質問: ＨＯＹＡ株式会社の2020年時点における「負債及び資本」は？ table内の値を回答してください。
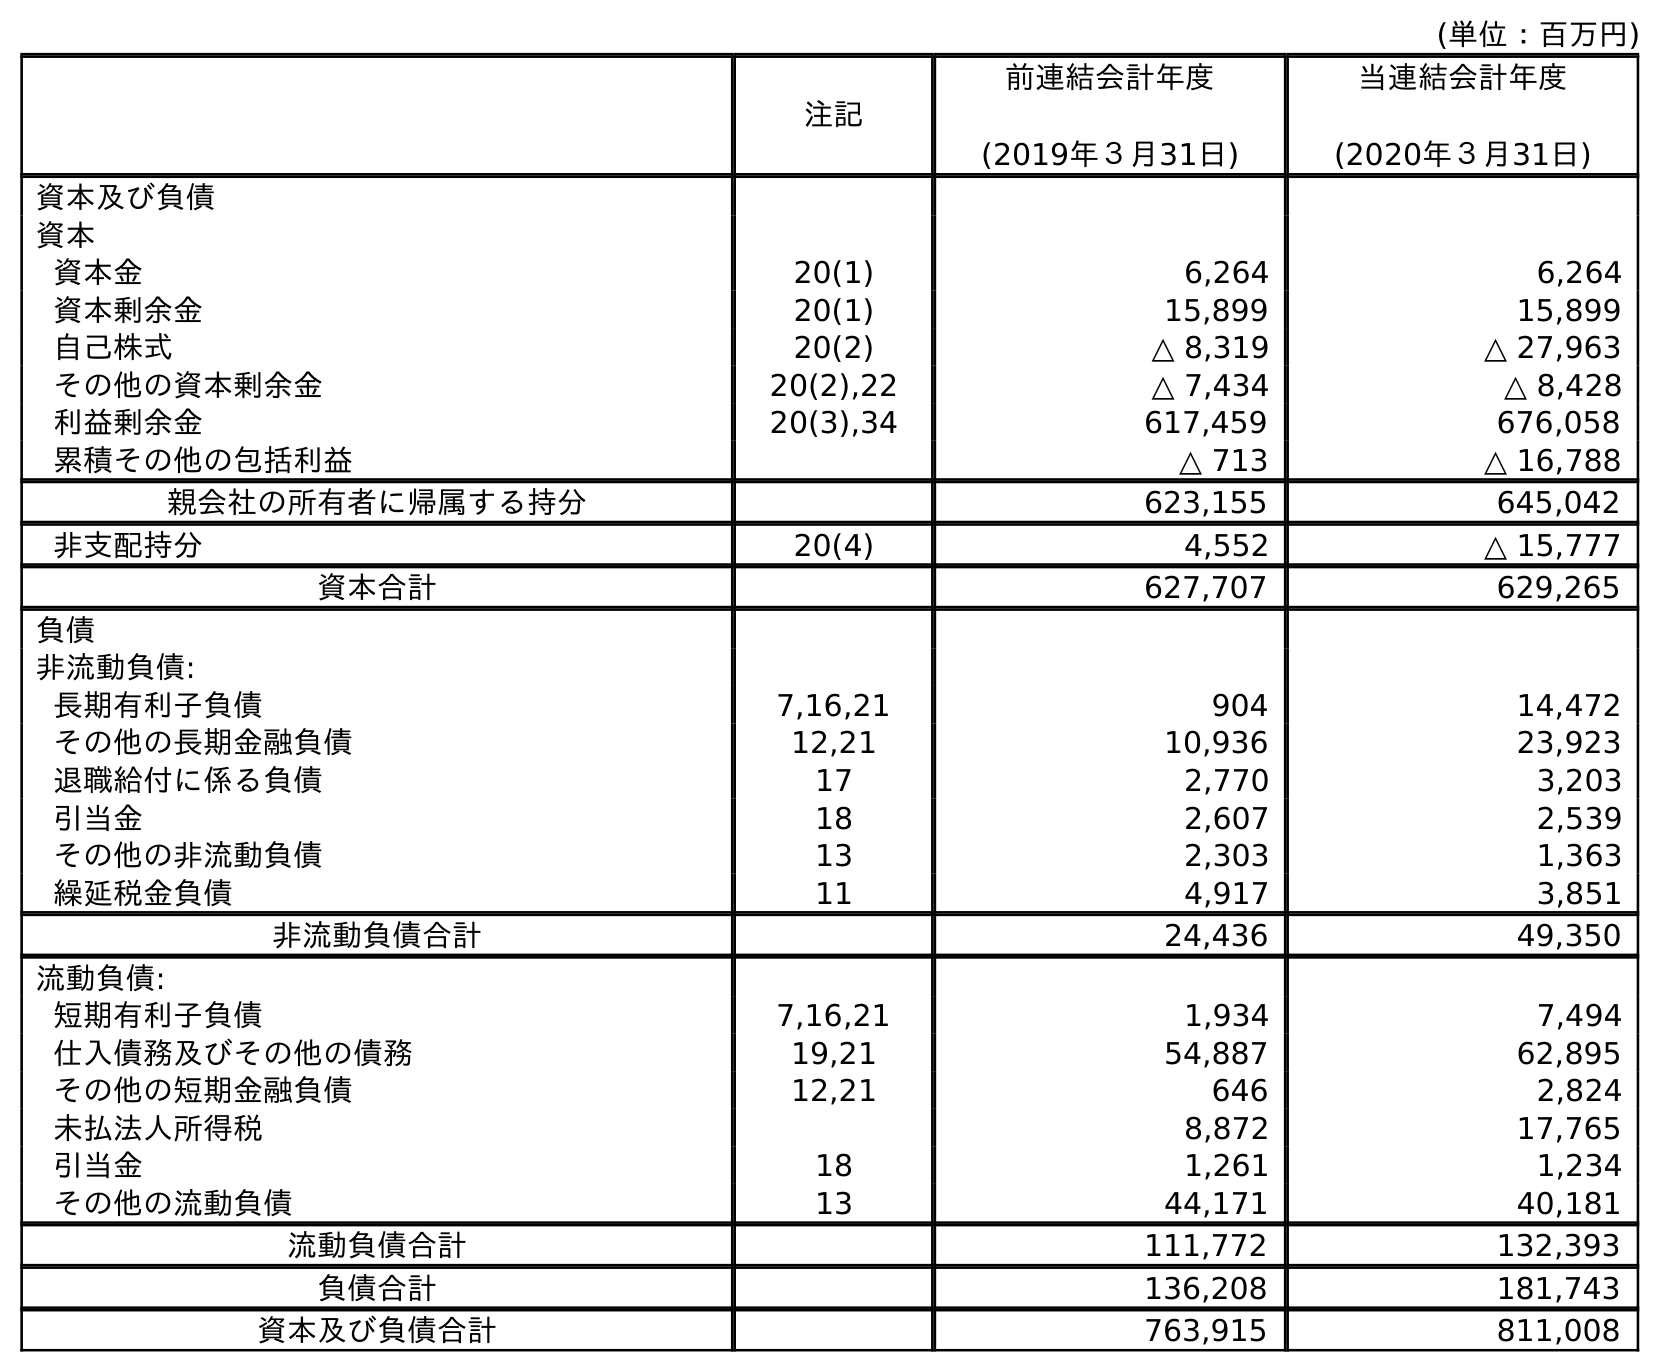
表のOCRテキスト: (単位：百万円) 注記 前連結会計年度 (2019年３月31日) 当連結会計年度 (2020年３月31日) 資本及び負債 資本 資本金 20(1) 6,264 6,264 資本剰余金 20(1) 15,899 15,899 自己株式 20(2) △ 8,319 △ 27,963 その他の資本剰余金 20(2),22 △ 7,434 △ 8,428 利益剰余金 20(3),34 617,459 676,058 累積その他の包括利益 △ 713 △ 16,788 親会社の所有者に帰属する持分 623,155 645,042 非支配持分 20(4) 4,552 △ 15,777 資本合計 627,707 629,265 負債 非流動負債: 長期有利子負債 7,16,21 904 14,472 その他の長期金融負債 12,21 10,936 23,923 退職給付に係る負債 17 2,770 3,203 引当金 18 2,607 2,539 その他の非流動負債 13 2,303 1,363 繰延税金負債 11 4,917 3,851 非流動負債合計 24,436 49,350 流動負債: 短期有利子負債 7,16,21 1,934 7,494 仕入債務及びその他の債務 19,21 54,887 62,895 その他の短期金融負債 12,21 646 2,824 未払法人所得税 8,872 17,765 引当金 18 1,261 1,234 その他の流動負債 13 44,171 40,181 流動負債合計 111,772 132,393 負債合計 136,208 181,743 資本及び負債合計 763,915 811,008
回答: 811,008